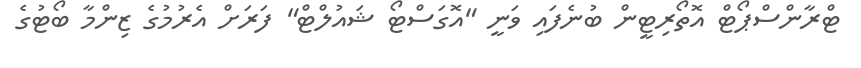
ޓްރާންސްޕޯޓް އޮތޯރިޓީން ބުނެފައި ވަނީ "އޮގަސްޓޯ ޝައުލްޓް" ފަރަށް އެރުމުގެ ޒިންމާ ބޯޓުގެ